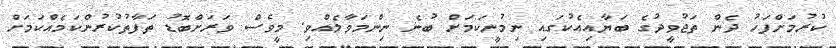
ކުރުމަށްފަހު ދެން ތަޖުވީދުގެ ބަޔާއިއެކުގައި ނިމުނީކަމަށް ބުނެ ނިންމަވާލެއްވި. މީވެސް ވަރަށްބޮޑު ތަފާތުކުރުންކަމެއްކަމަށް